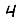
Digit: 4